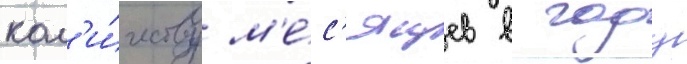
кол'и́честву м'е́с'яцев в году